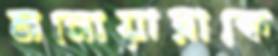
মনোয়ারাকে